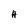
Character: H